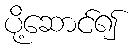
ပို့ဆောင်၍